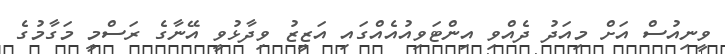
ވީނިއުސް އަށް މިއަދު ދެއްވި އިންޓަވިއުއެއްގައި އަޒީޒު ވިދާޅުވީ އޭނާގެ ރަސްމީ މަގާމުގެ